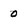
Character: 0